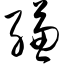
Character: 缣